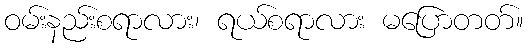
ဝမ်းနည်းစရာလား၊ ရယ်စရာလား မပြောတတ်။